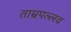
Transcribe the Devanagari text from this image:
ताम्रपल्लव